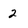
Character: 2